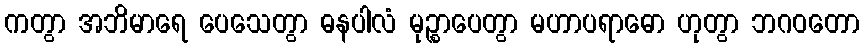
ကတွာ အဘိမာရေ ပေသေတွာ ဓနပါလံ မုဉ္စာပေတွာ မဟာပရာဓော ဟုတွာ ဘဂဝတော